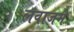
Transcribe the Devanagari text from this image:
लवाजमे